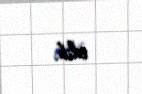
edib.